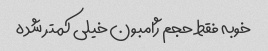
خوبه فقط حجم ژامبون خیلی کمتر شده